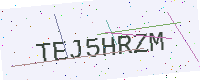
Text: TEJ5HRZM